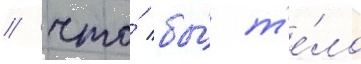
/ что́ бы́ т'е́ло